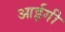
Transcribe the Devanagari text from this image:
आईगी